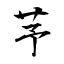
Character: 芧